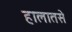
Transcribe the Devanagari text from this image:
हालातसे